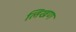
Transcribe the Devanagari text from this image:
लिखण